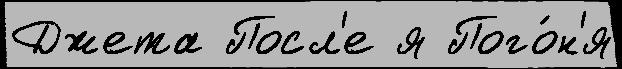
Джета Посл'е я Пого́н'я